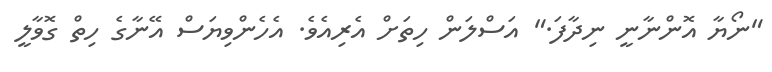
"ނޯޔާ އޮންނާނީ ނިދާފަ." އަސްލަން ހިތަށް އެރިއެވެ. އެހެންވިޔަސް އޭނާގެ ހިތް ގޮވާލީ